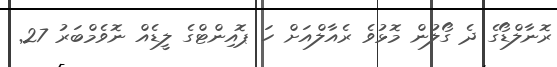
ރޮނާލްޑޯގެ ދެ ގޯލުން މޮޅުވެ ރެއާލްއަށް ހަ ޕޮއިންޓްގެ ލީޑެއް ނޮވެމްބަރު 27